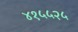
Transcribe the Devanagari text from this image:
४१५५२५